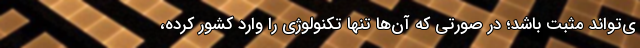
ی‌تواند مثبت باشد؛ در صورتی که آن‌ها تنها تکنولوژی را وارد کشور کرده،